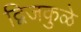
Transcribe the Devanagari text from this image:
द्विजकुळे